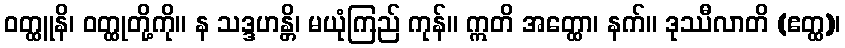
ဝတ္ထူနိ၊ ဝတ္ထုတို့ကို။ န သဒ္ဒဟန္တိ၊ မယုံကြည် ကုန်။ ဣတိ အတ္ထော၊ နက်။ ဒုဿီလာတိ (ဧတ္ထ)၊